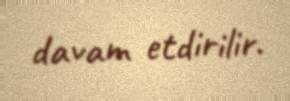
davam etdirilir.